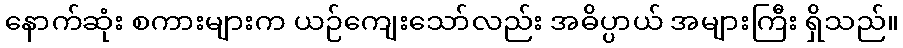
နောက်ဆုံး စကားများက ယဉ်ကျေးသော်လည်း အဓိပ္ပာယ် အများကြီး ရှိသည်။